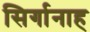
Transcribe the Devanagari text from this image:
सिर्गानाह